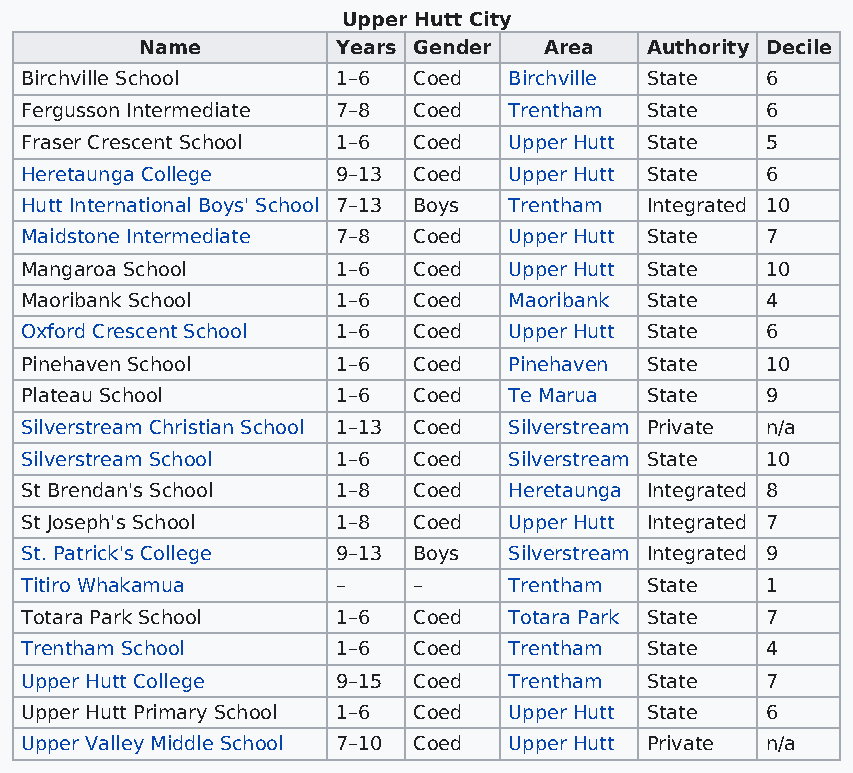
Upper Hutt City
 Name         Years Gender  Area   Authority Decile
 Birchville School    1–6  Coed   Birchville State 6
 Fergusson Intermediate 7–8 Coed  Trentham State   6
 Fraser Crescent School 1–6 Coed  Upper Hutt State 5
 Heretaunga College   9–13 Coed   Upper Hutt State 6
 Hutt International Boys' School 7–13 Boys Trentham Integrated 10
 Maidstone Intermediate 7–8 Coed  Upper Hutt State 7
 Mangaroa School      1–6  Coed   Upper Hutt State 10
 Maoribank School     1–6  Coed   Maoribank State  4
 Oxford Crescent School 1–6 Coed  Upper Hutt State 6
 Pinehaven School     1–6  Coed   Pinehaven State  10
 Plateau School       1–6  Coed   Te Marua State   9
 Silverstream Christian School 1–13 Coed Silverstream Private n/a
 Silverstream School  1–6  Coed   Silverstream State 10
 St Brendan's School  1–8  Coed   Heretaunga Integrated 8
 St Joseph's School   1–8  Coed   Upper Hutt Integrated 7
 St. Patrick's College 9–13 Boys  Silverstream Integrated 9
 Titiro Whakamua      –    –      Trentham State   1
 Totara Park School   1–6  Coed   Totara Park State 7
 Trentham School      1–6  Coed   Trentham State   4
 Upper Hutt College   9–15 Coed   Trentham State   7
 Upper Hutt Primary School 1–6 Coed Upper Hutt State 6
 Upper Valley Middle School 7–10 Coed Upper Hutt Private n/a